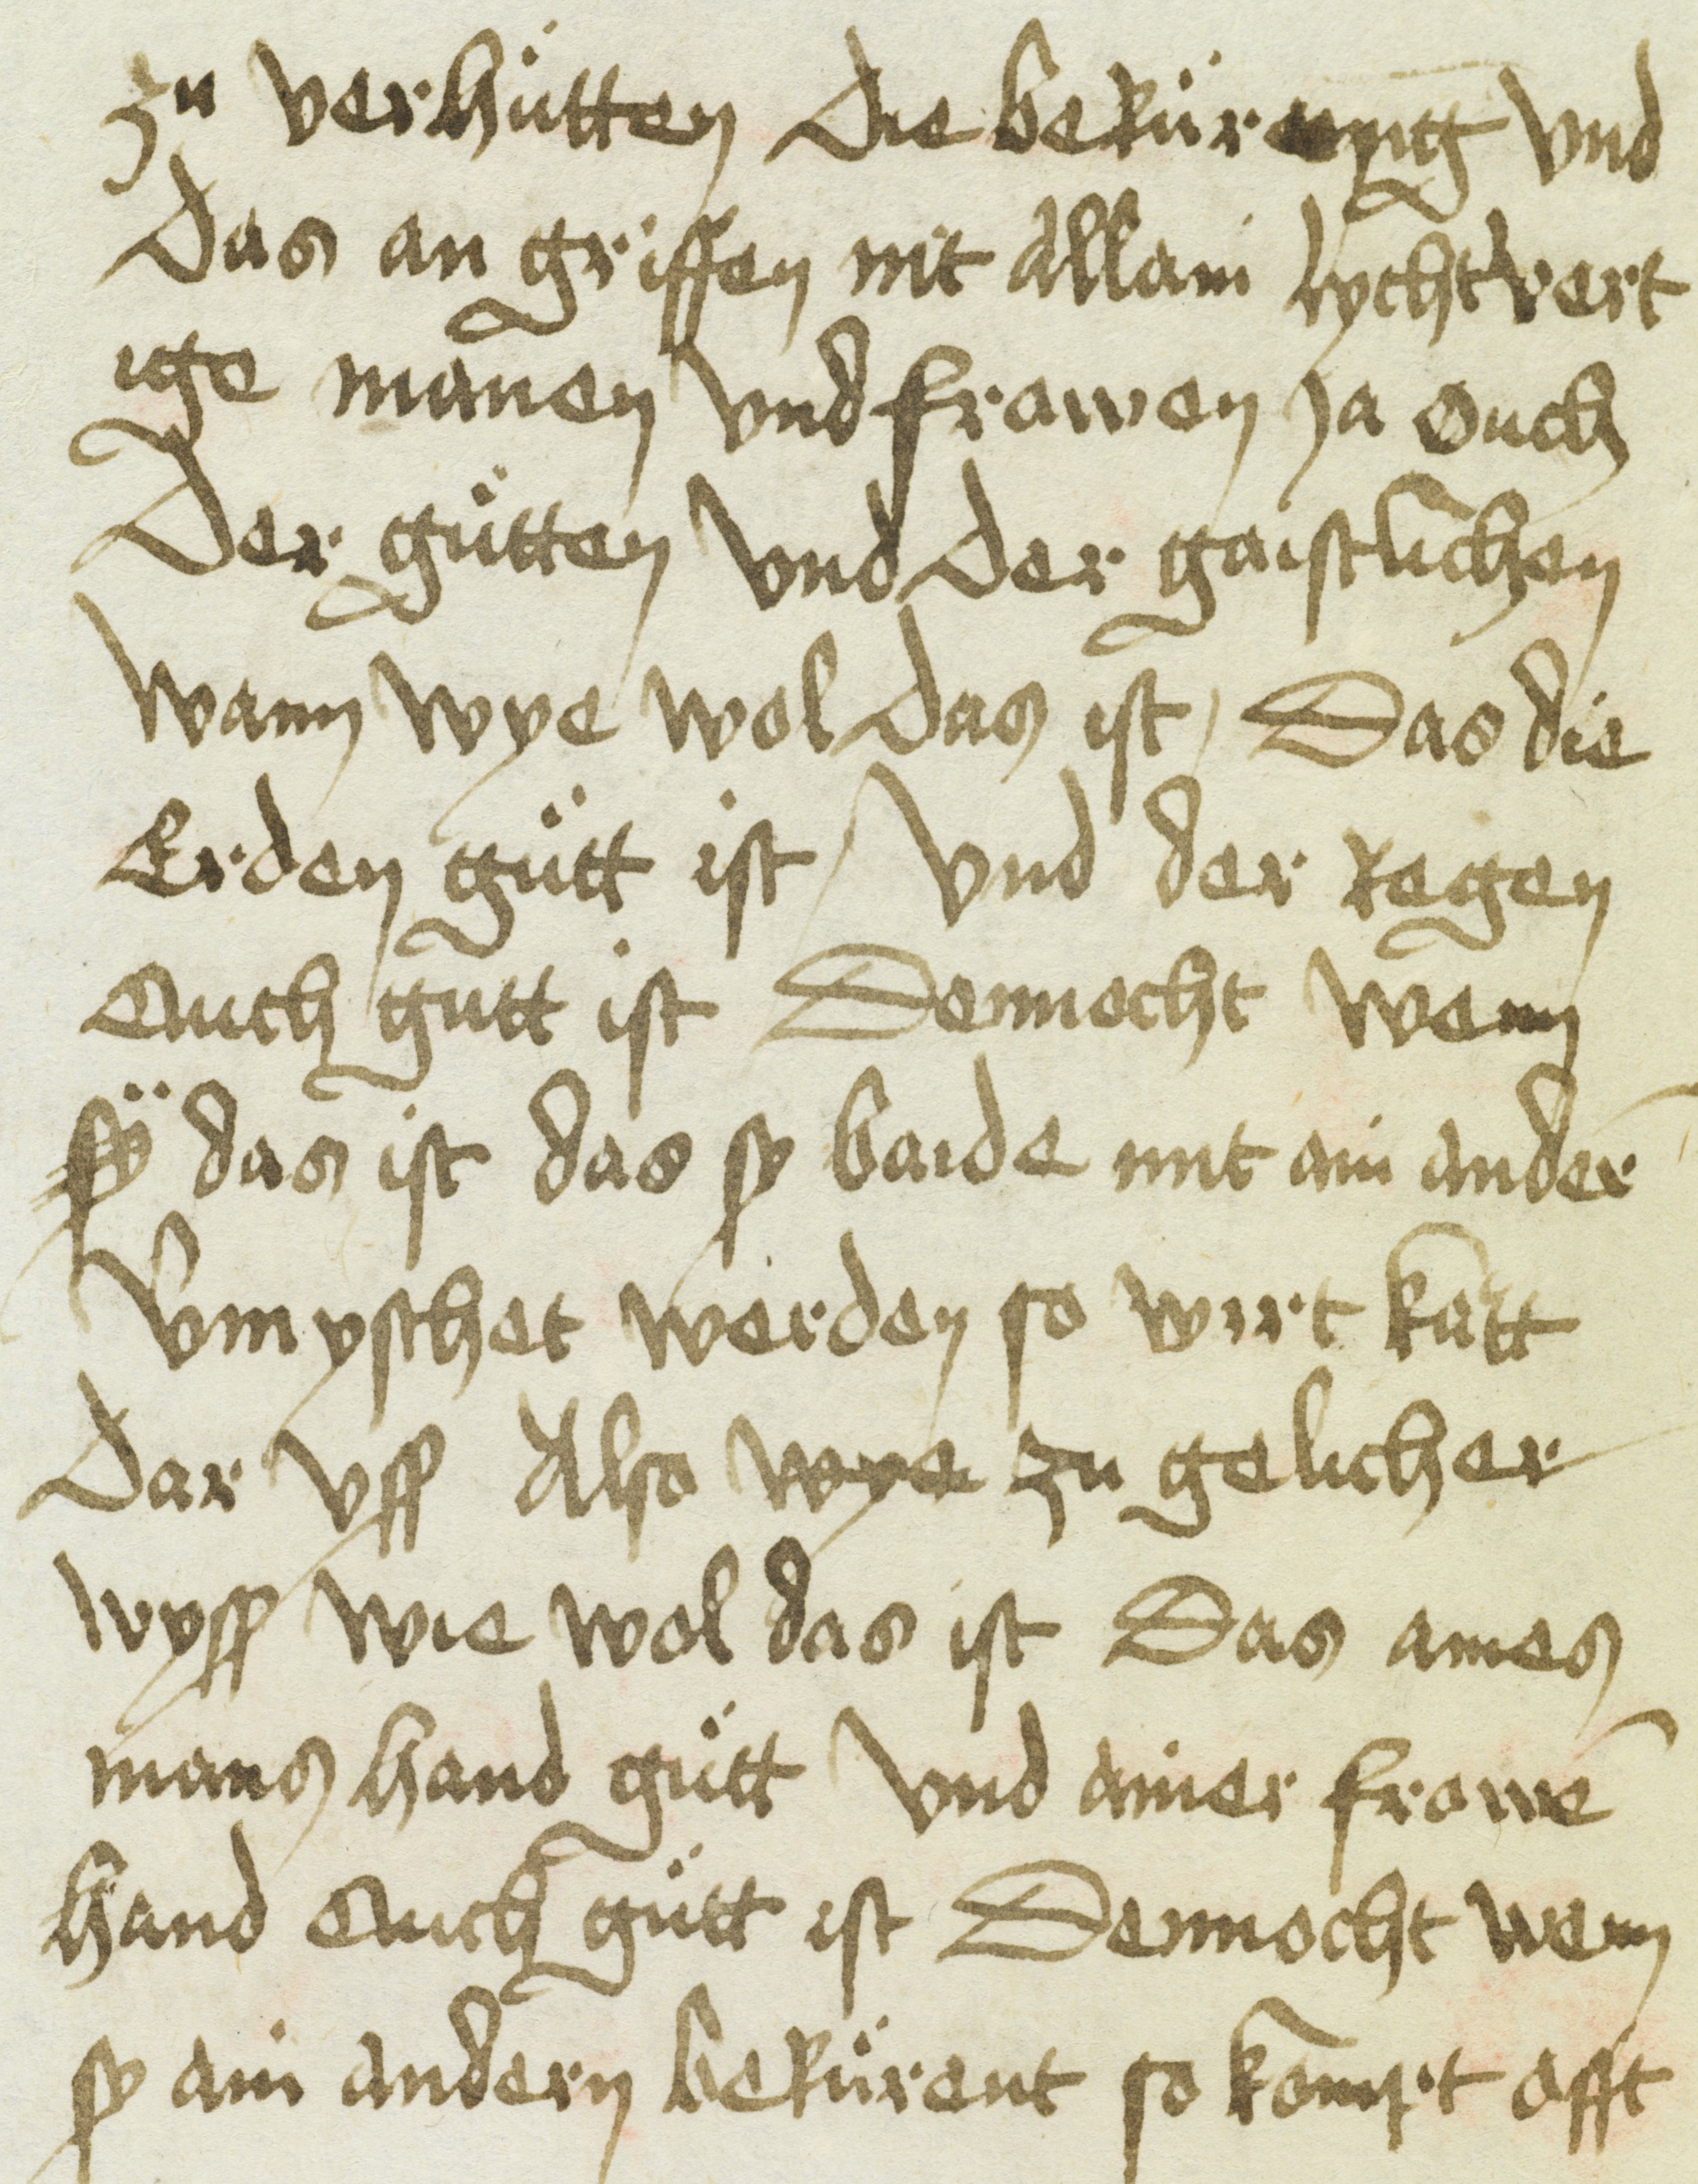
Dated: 1400–1499